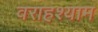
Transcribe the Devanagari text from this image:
वराहश्याम